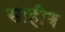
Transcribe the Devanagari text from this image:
साहीब